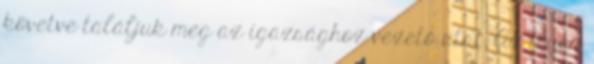
követve találjuk meg az igazsághoz vezető utat. Az ilyen